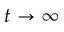
t \to \infty